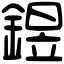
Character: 𨩄